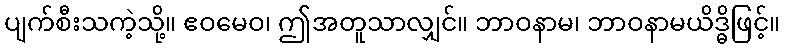
ပျက်စီးသကဲ့သို့။ ဧဝမေဝ၊ ဤအတူသာလျှင်။ ဘာဝနာမ၊ ဘာဝနာမယိဒ္ဓိဖြင့်။